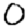
Digit: 0